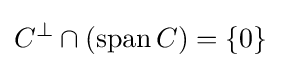
C^{\bot }\cap \left(\operatorname {span} C\right)=\{0\}